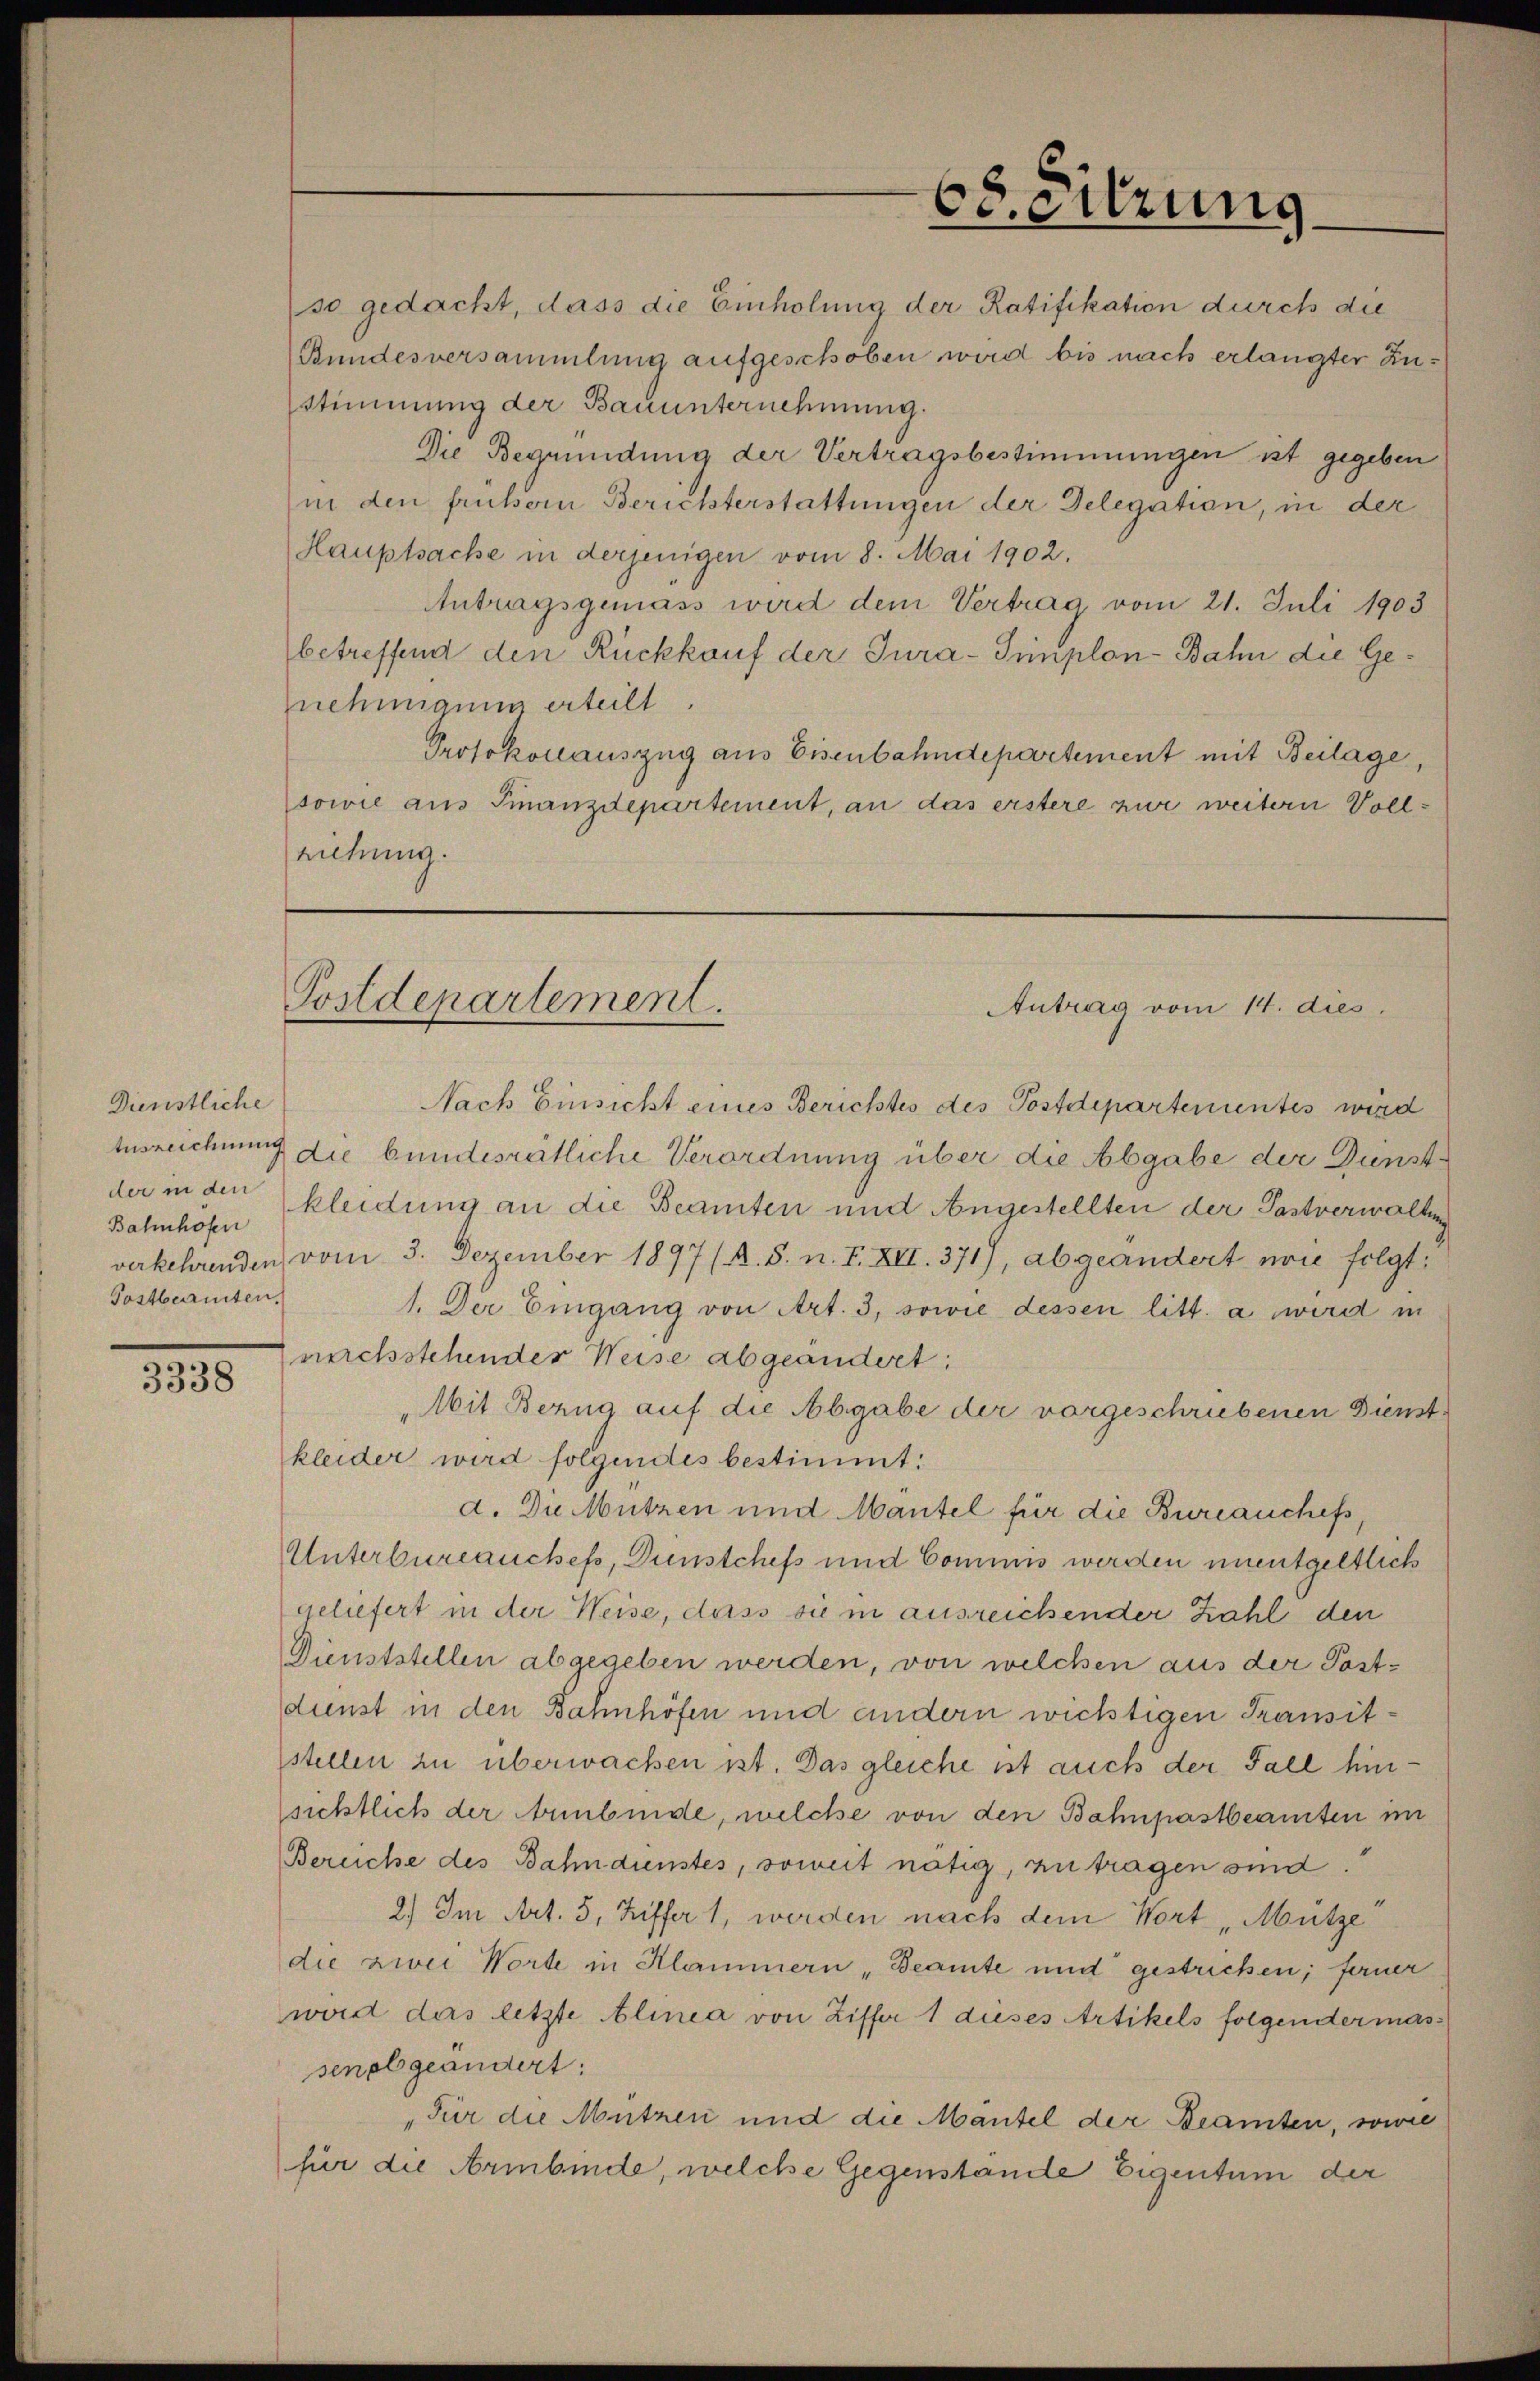
Dienstliche
Bahnhofen
Postbeamten.

3338

so gedacht, dass die Einholung der Ratifikation durch die
Bundesversammlung aufgeschoben wird bis nach erlangter Zusstimmung der Bauunternehmung.
Die Begründung der Vertragsbestimmungen ist gegeben
in den frühern Berichterstattungen der Delegation, in der
Hauptsache in derjenigen vom 8. Mai 1902.
Antragsgemäss wird dem Vertrag vom 21. Juli 1903
betreffend den Rückkauf der Jura-Simplon-Bahn die Genehmigung erteilt.
Protokollauszug aus Eisenbahndepartement mit Beilage,
sowie aus Finanzdepartement, an das erstere zwei weitern Vollziehung.

Nach Einsicht eines Berichtes des Postdepartementes wird
tusreichung die bundesrätliche Verordnung über die Abgabe der Dunstder in den kleidung an die Beamten und Angestellten der Pastverwaltung
verkehrenden vom 3. Dezember 1897 (R. S. n. F. XII. 371), abgeändert wie folgt.
1. Der Eingang von Art. 3, sowie dessen litt. a wird in
narchstehender Weise abgeändert:
Mit Bezug auf die Abgabe der vorgeschriebenen Dienstkleider wird folgendes bestimmt:
d. Die Mützen und Mäntel für die Bureauchefs,
Unterbureauches, Dunstchefs und Commis werden unentgeltlich
geliefert in der Weise, dass sie in ausreichender Zahl den
Dienststellen abgegeben werden, von welchen aus der Postdunst in den Bahnhöfen und andern wichtigen Transitstellen zu überwachen ist. Das gleiche ist auch der Fall hinsichtlich der Anbinde, welche von den Bahnpastbeamten im
Berüche des Bahndienstes, soweit nötig, zu tragen sind.
2) Im Art. 5, Ziffer 1, werden nach dem Wort „Mütze
die zwei Worte in Klammern „Beamte und gestricken; ferner
wird das letzte Alinea von Ziffer 1 dieses Artikels folgendermass
senabgeändert:
"Für die Mützen und die Mäntel der Beamten, sowie
für die Armbinde, welche Gegenstände Eigentum der

68. Sitzung

Postdepartement.
Antrag vom 14. dies